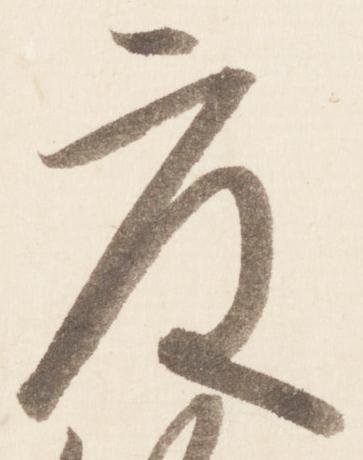
度